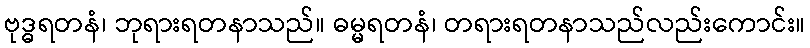
ဗုဒ္ဓရတနံ၊ ဘုရားရတနာသည်။ ဓမ္မရတနံ၊ တရားရတနာသည်လည်းကောင်း။